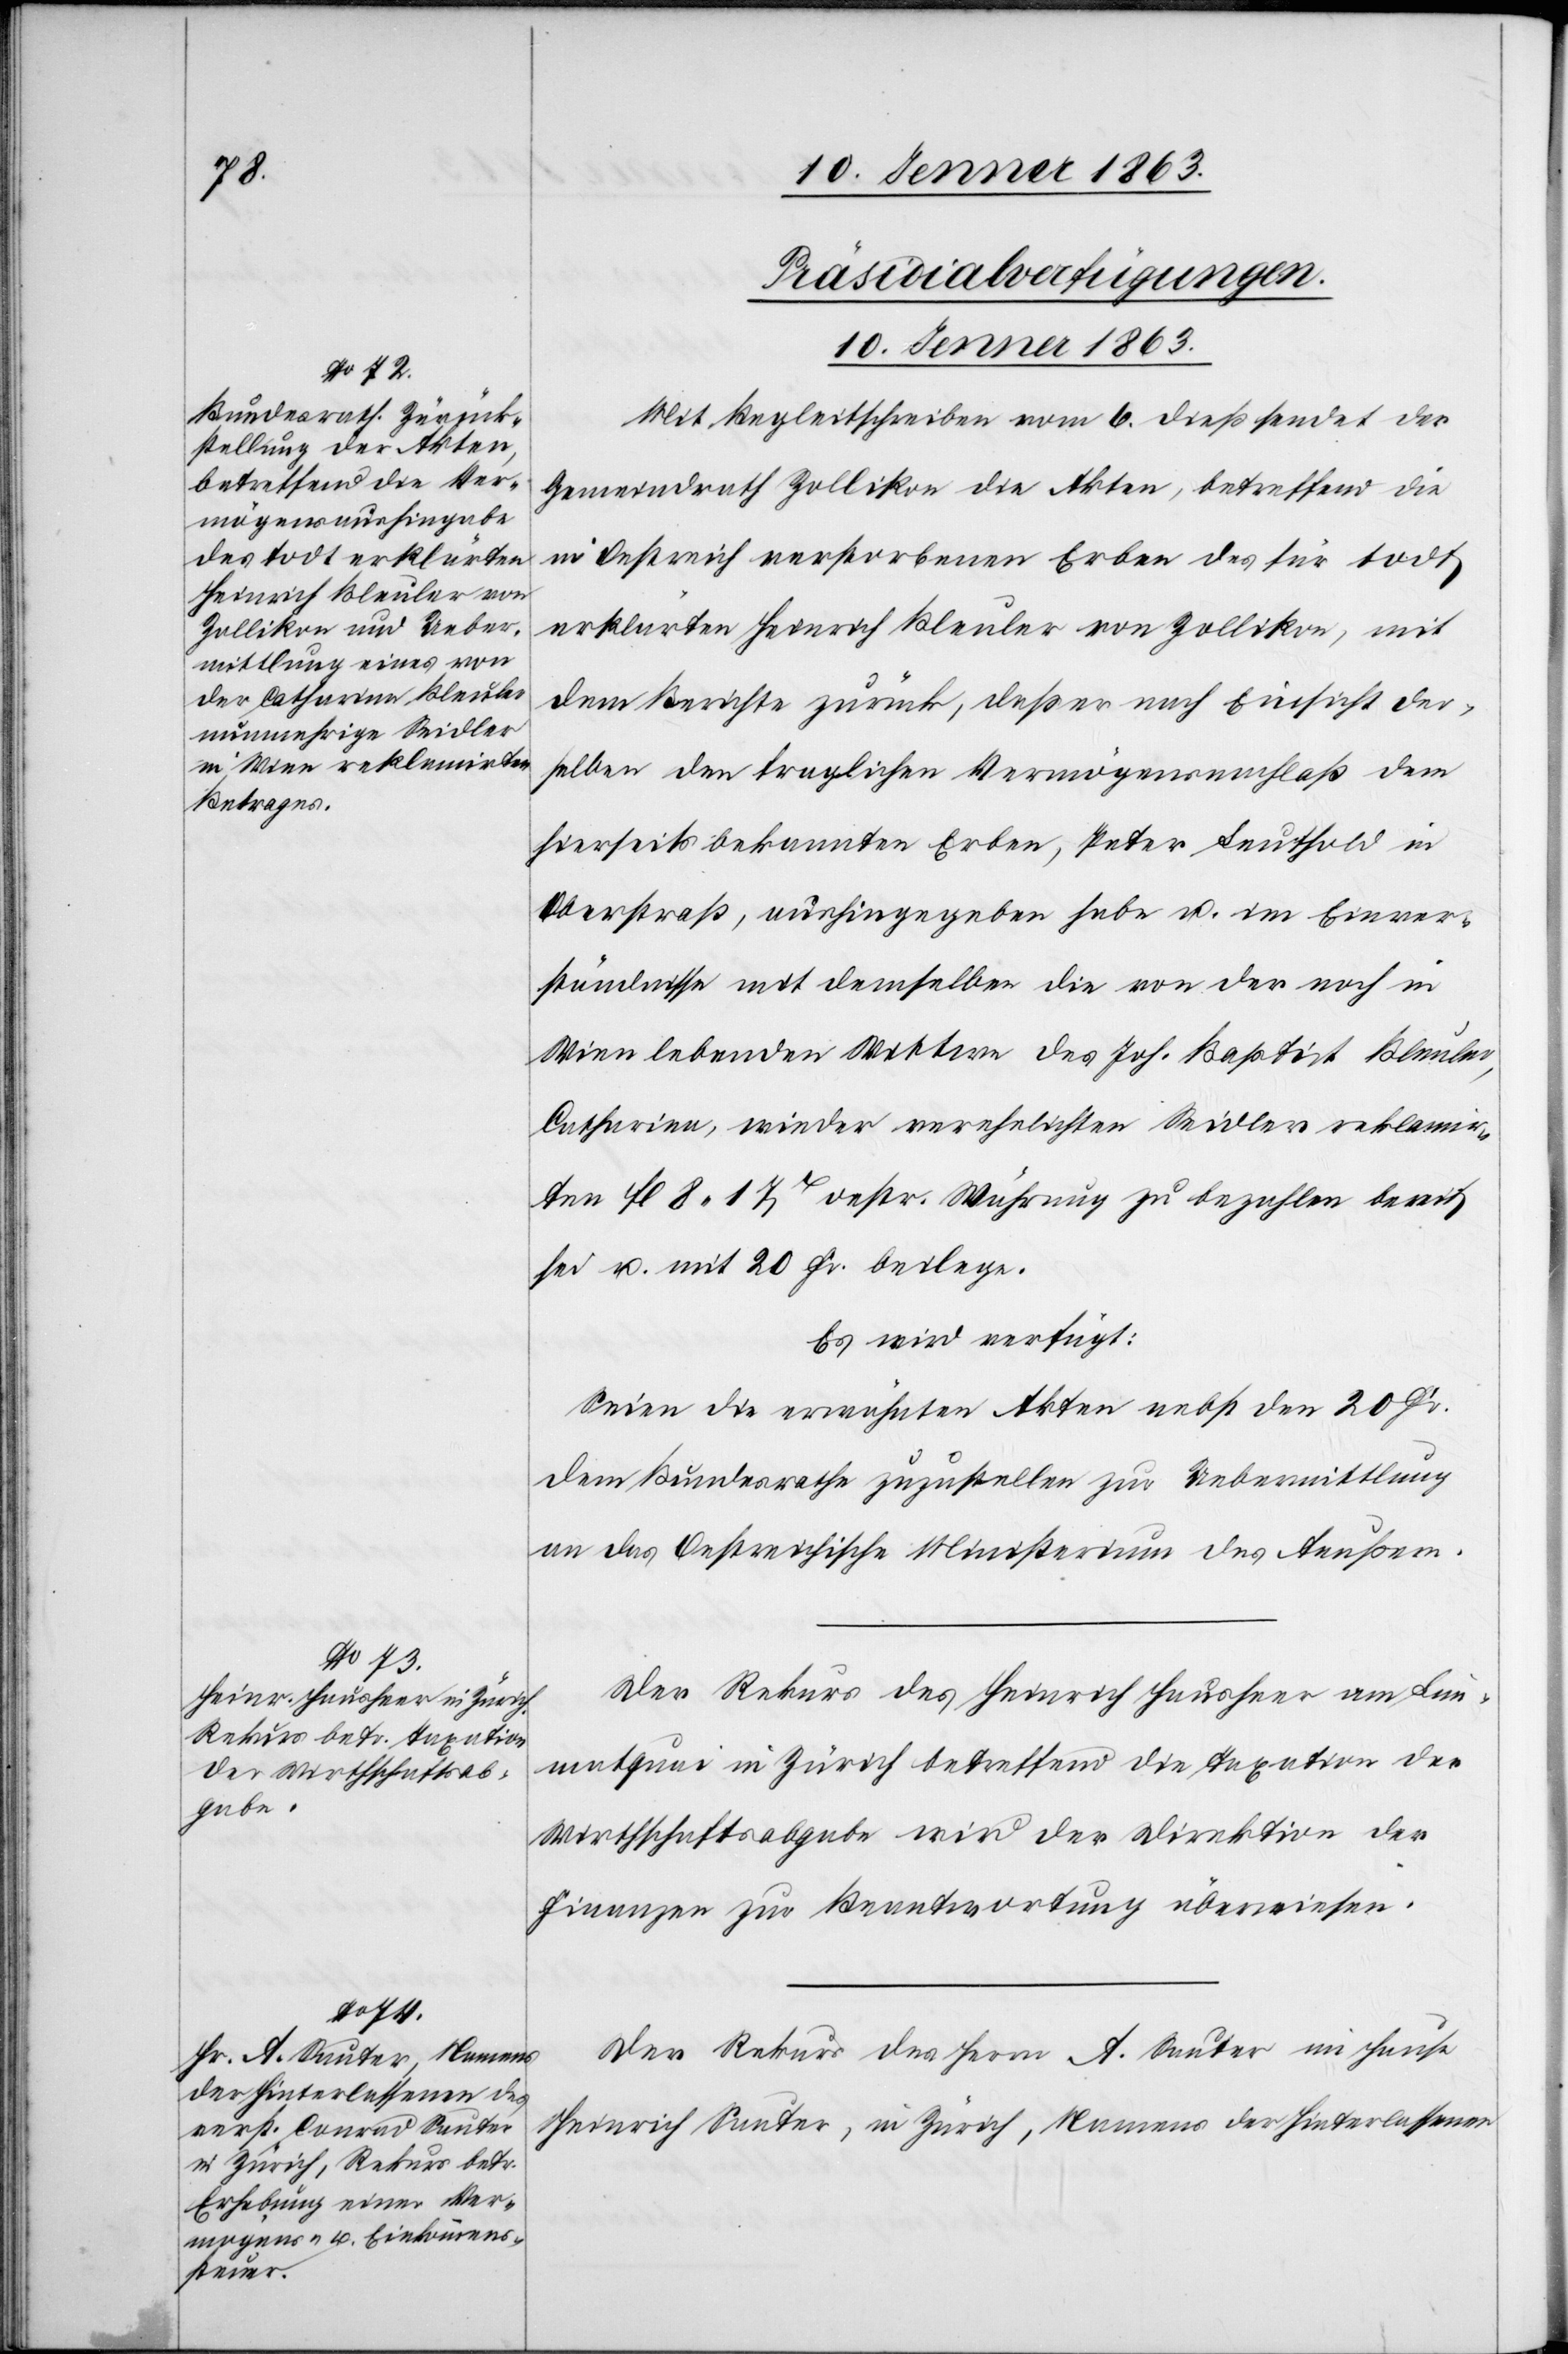
[Präsidialverfügungen.
10. Jenner 1863.]
Mit Begleitschreiben vom 6. dieß sendet der
Gemeindrath Zollikon die Akten, betreffend die
in Oestreich verstorbenen Erben des für todt
erklärten Heinrich Bleuler von Zollikon, mit
dem Berichte zurück, daß er nach Einsicht der¬
selben den fraglichen Vermögensnachlaß dem
hierseits bekannten Erben, Peter Leuthold in
Oberstraß, aushingegeben habe u. im Einver¬
ständnisse mit demselben die von der noch in
Wien lebenden Wittwe des Joh. Baptist Bleuler,
Catharina, wieder verehelichten Seidler reklamir¬
ten fl. 8. 17xr oestr. Währung zu bezahlen bereit
sei u. mit 20 Fr. beilege.
Es wird verfügt:
Seien die erwähnten Akten nebst den 20 Fr.
dem Bundesrathe zuzustellen zur Uebermittlung
an das Oestreichische Ministerium des Aeußern.
Der Rekurs des Heinrich Hausheer am Lim¬
matquai in Zürich betreffend die Taxation der
Wirthschaftsabgabe wird der Direktion der
Finanzen zur Beantwortung überwiesen.
Der Rekurs des Herrn A. Sauter im Hause
Heinrich Sauter, in Zürich, Namens der Hinterlassenen